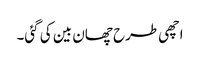
اچھی طرح چھان بین کی گئی۔